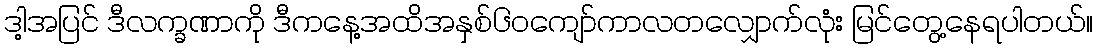
ဒါ့အပြင် ဒီလက္ခဏာကို ဒီကနေ့အထိအနှစ်၆ဝကျော်ကာလတလျှောက်လုံး မြင်တွေ့နေရပါတယ်။